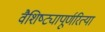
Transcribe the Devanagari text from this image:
वैशिष्ट्यापूर्णरित्या